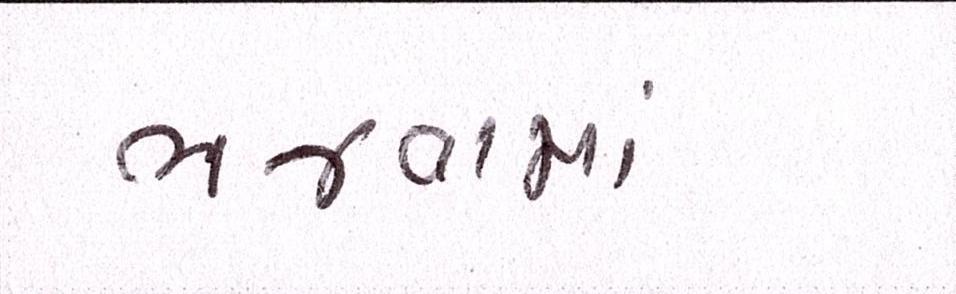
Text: ભજવામાં